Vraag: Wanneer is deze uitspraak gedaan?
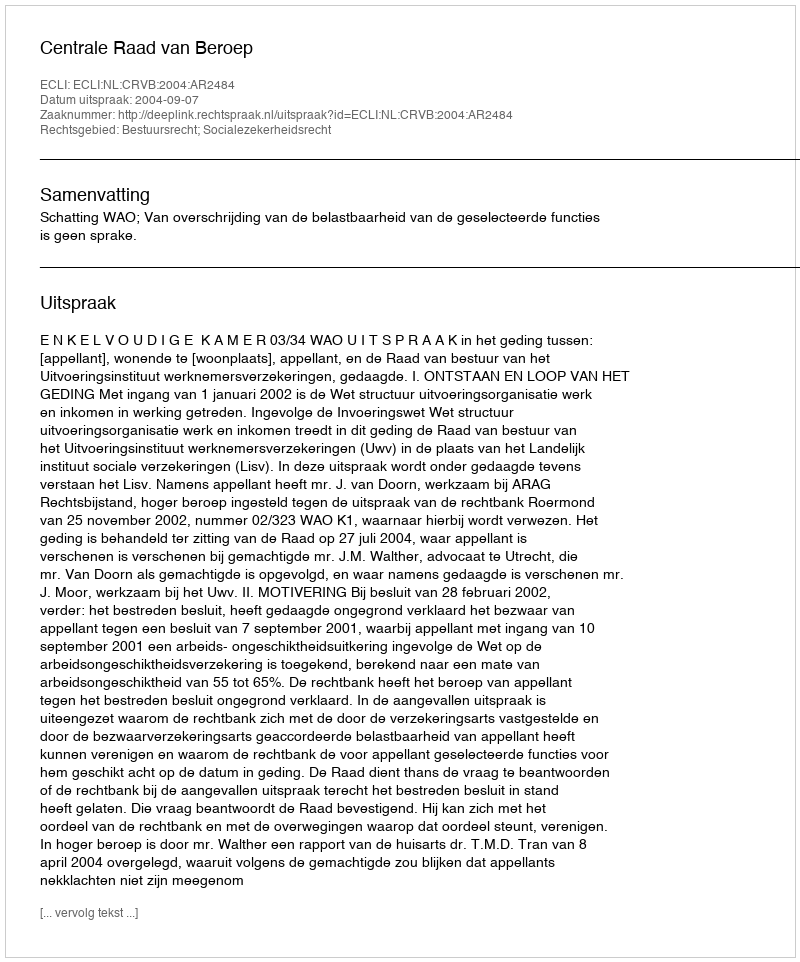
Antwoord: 2004-09-07